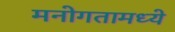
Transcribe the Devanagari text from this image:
मनोगतामध्ये